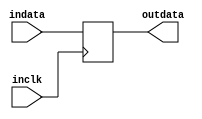
module widereg(indata,outdata,inclk);

parameter width = 8;
input [width-1:0] indata;
output [width-1:0] outdata;
input inclk;

reg [width-1:0] outdata;

always @ (posedge inclk)
begin
	 outdata <= indata;
end

endmodule